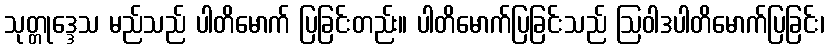
သုတ္တုဒ္ဒေသ မည်သည် ပါတိမောက် ပြခြင်းတည်း။ ပါတိမောက်ပြခြင်းသည် ဩဝါဒပါတိမောက်ပြခြင်း၊